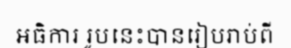
អធិការ រូបនេះបានរៀបរាប់ពី